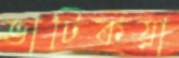
ভাটিকয়া